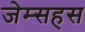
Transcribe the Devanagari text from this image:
जेम्सहस